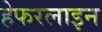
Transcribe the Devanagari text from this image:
हेफरलाइन